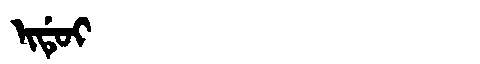
Manchu: ᡳᡩᡠᡳ
Romanization: IDUI